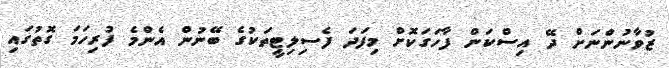
ޒުވާނުންނަށް ދޭ އިސްކަން ފާހަގަކޮށް މިފަދަ ފެސިލިޓީތަކުގެ ބޭނުން އެންމެ ފުރިހަމަ ގޮތުގައި